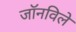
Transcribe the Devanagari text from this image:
जॉनविले